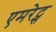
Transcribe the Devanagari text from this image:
एमरेट्स